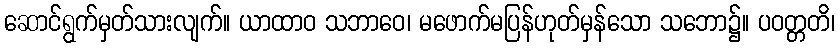
ဆောင်ရွက်မှတ်သားလျက်။ ယာထာဝ သဘာဝေ၊ မဖောက်မပြန်ဟုတ်မှန်သော သဘော၌။ ပဝတ္တတိ၊